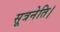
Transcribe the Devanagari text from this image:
सूत्रनेति।